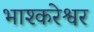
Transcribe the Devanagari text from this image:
भाश्करेश्वर